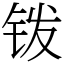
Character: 䥽